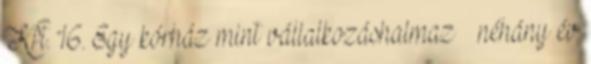
Kft. 16. Egy kórház mint vállalkozáshalmaz – néhány év